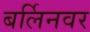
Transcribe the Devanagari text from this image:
बर्लिनवर